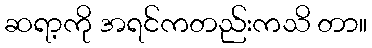
ဆရာ့ကို အရင်ကတည်းကသိ တာ။